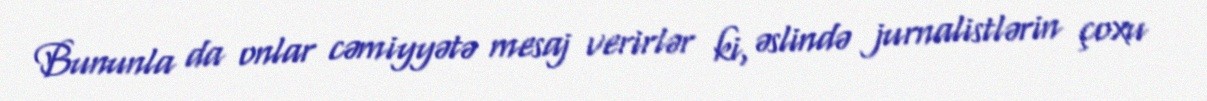
Bununla da onlar cəmiyyətə mesaj verirlər ki, əslində jurnalistlərin çoxu